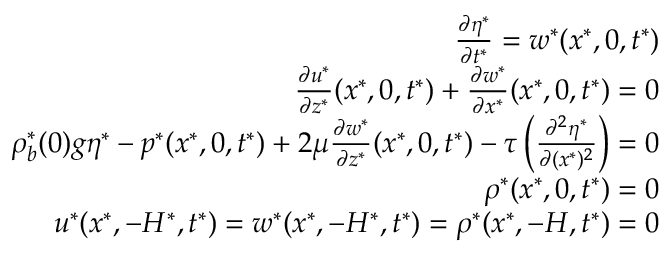
\begin{array} { r l r } & { } & { \frac { \partial \eta ^ { * } } { \partial t ^ { * } } = w ^ { * } ( x ^ { * } , 0 , t ^ { * } ) } \\ & { } & { \frac { \partial u ^ { * } } { \partial z ^ { * } } ( x ^ { * } , 0 , t ^ { * } ) + \frac { \partial w ^ { * } } { \partial x ^ { * } } ( x ^ { * } , 0 , t ^ { * } ) = 0 } \\ & { } & { \rho _ { b } ^ { * } ( 0 ) g \eta ^ { * } - p ^ { * } ( x ^ { * } , 0 , t ^ { * } ) + 2 \mu \frac { \partial w ^ { * } } { \partial z ^ { * } } ( x ^ { * } , 0 , t ^ { * } ) - \tau \left( \frac { \partial ^ { 2 } \eta ^ { * } } { \partial ( x ^ { * } ) ^ { 2 } } \right) = 0 } \\ & { } & { \rho ^ { * } ( x ^ { * } , 0 , t ^ { * } ) = 0 } \\ & { } & { u ^ { * } ( x ^ { * } , - H ^ { * } , t ^ { * } ) = w ^ { * } ( x ^ { * } , - H ^ { * } , t ^ { * } ) = \rho ^ { * } ( x ^ { * } , - H , t ^ { * } ) = 0 } \end{array}